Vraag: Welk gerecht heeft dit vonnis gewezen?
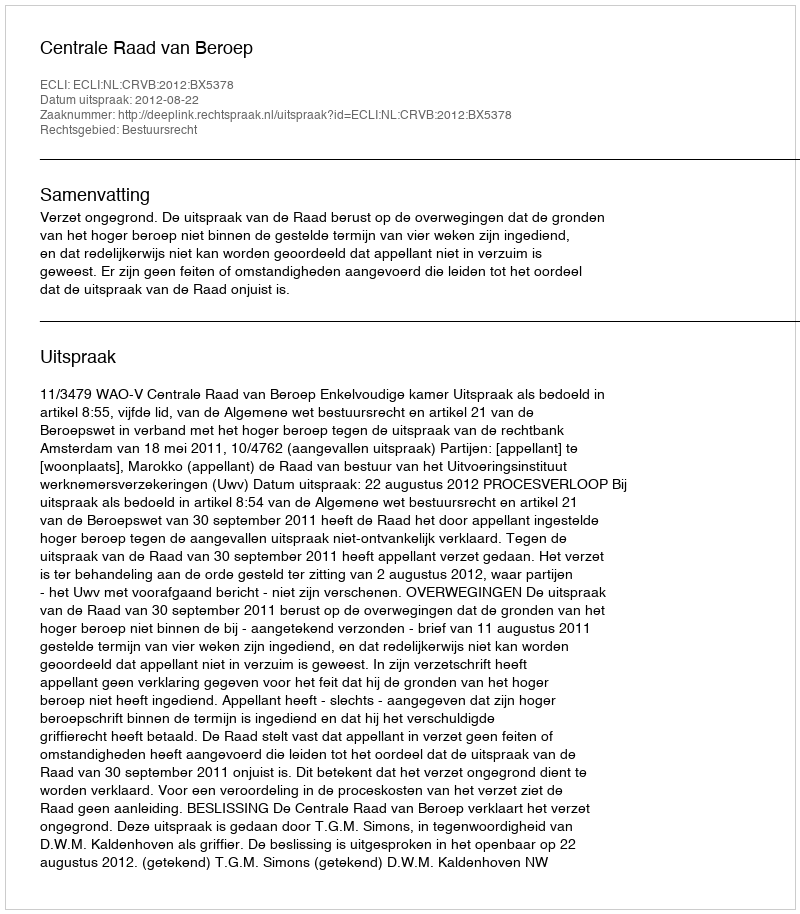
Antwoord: Centrale Raad van Beroep